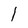
Character: l